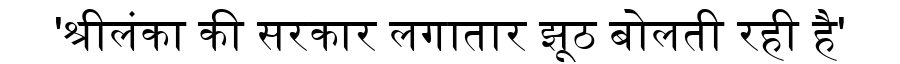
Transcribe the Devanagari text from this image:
'श्रीलंका की सरकार लगातार झूठ बोलती रही है'